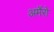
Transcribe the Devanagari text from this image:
अर्मेरो